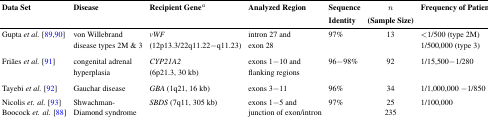
| Data Set | Disease | Recipient Genea | Analyzed Region | Sequence Identity | n(Sample Size) | Frequency of Patientsb |
 | --- | --- | --- | --- | --- | --- | --- |
 | Gupta et al. [89,90] | von Willebrand disease types 2M & 3 | vWF (12pl3.3/22qll.22—qll.23) | intron 27 and exon 28 | 97% | 13 | < 1/500 (type 2M) 1/500,000 (type 3) |
 | Friães et al. [91] | congenital adrenal hyperplasia | CYP21A2 (6p21.3, 30 kb) | exons 1 — 10 and flanking regions | 96—98% | 92 | 1/15,500—1/280 |
 | Tayebi etal. [92] | Gauchar disease | GBA (lq21, 16 kb) | exons 3—11 | 96% | 34 | 1/1,000,000 —1/850 |
 | Nicolis et. al. [93] | <ROWSPAN=2> Shwachman- Diamond syndrome | <ROWSPAN=2> SBDS (7qll, 305 kb) | <ROWSPAN=2> exons 1—5 and junction of exon/intron | <ROWSPAN=2> 97% | 25 | <ROWSPAN=2> 1/100,000 |
 | Boocock et. al. [88] | 235 |